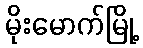
မိုးမောက်မြို့